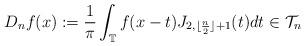
LaTeX: \begin{align*}D_{n}f(x):=\frac{1}{\pi }\int\nolimits_{\mathbb{T}}f(x-t)J_{2,\lfloor \frac{n}{2}\rfloor +1}(t)dt\in \mathcal{T}_{n} \end{align*}